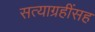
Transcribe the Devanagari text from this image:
सत्याग्रहींसह